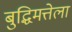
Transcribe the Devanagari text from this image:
बुद्धिमत्तेला